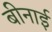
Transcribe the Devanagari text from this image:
बीनाई